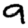
Digit: 9